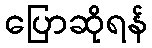
ပြောဆိုရန်